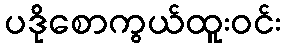
ပဒိုစောကွယ်ထူးဝင်း